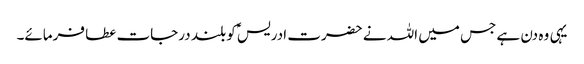
یہی وہ دن ہے جس میں اللہ نے حضرت ادریسؑ کو بلند درجات عطا فرمائے۔